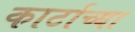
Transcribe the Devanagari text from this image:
कार्टाच्या